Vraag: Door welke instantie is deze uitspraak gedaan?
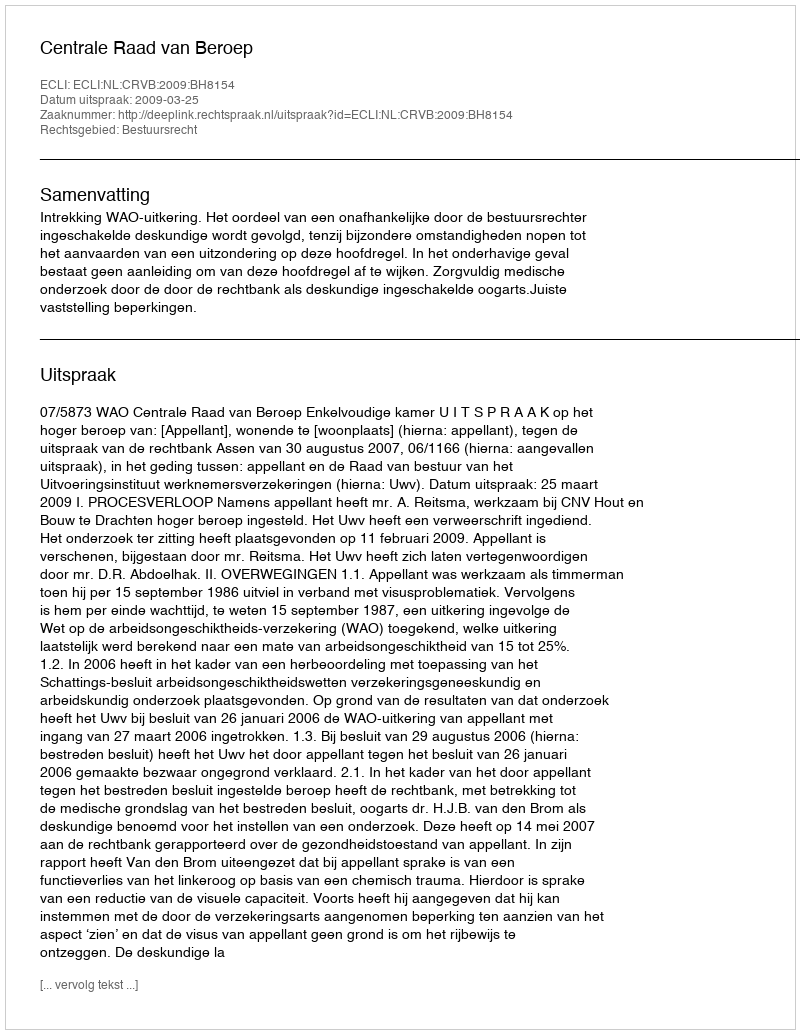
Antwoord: Centrale Raad van Beroep